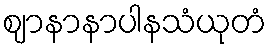
ဈာနာနာပါနသံယုတံ